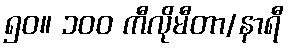
၅၀။ ၁၀၀ ကီလိုမီတာ/နာရီ